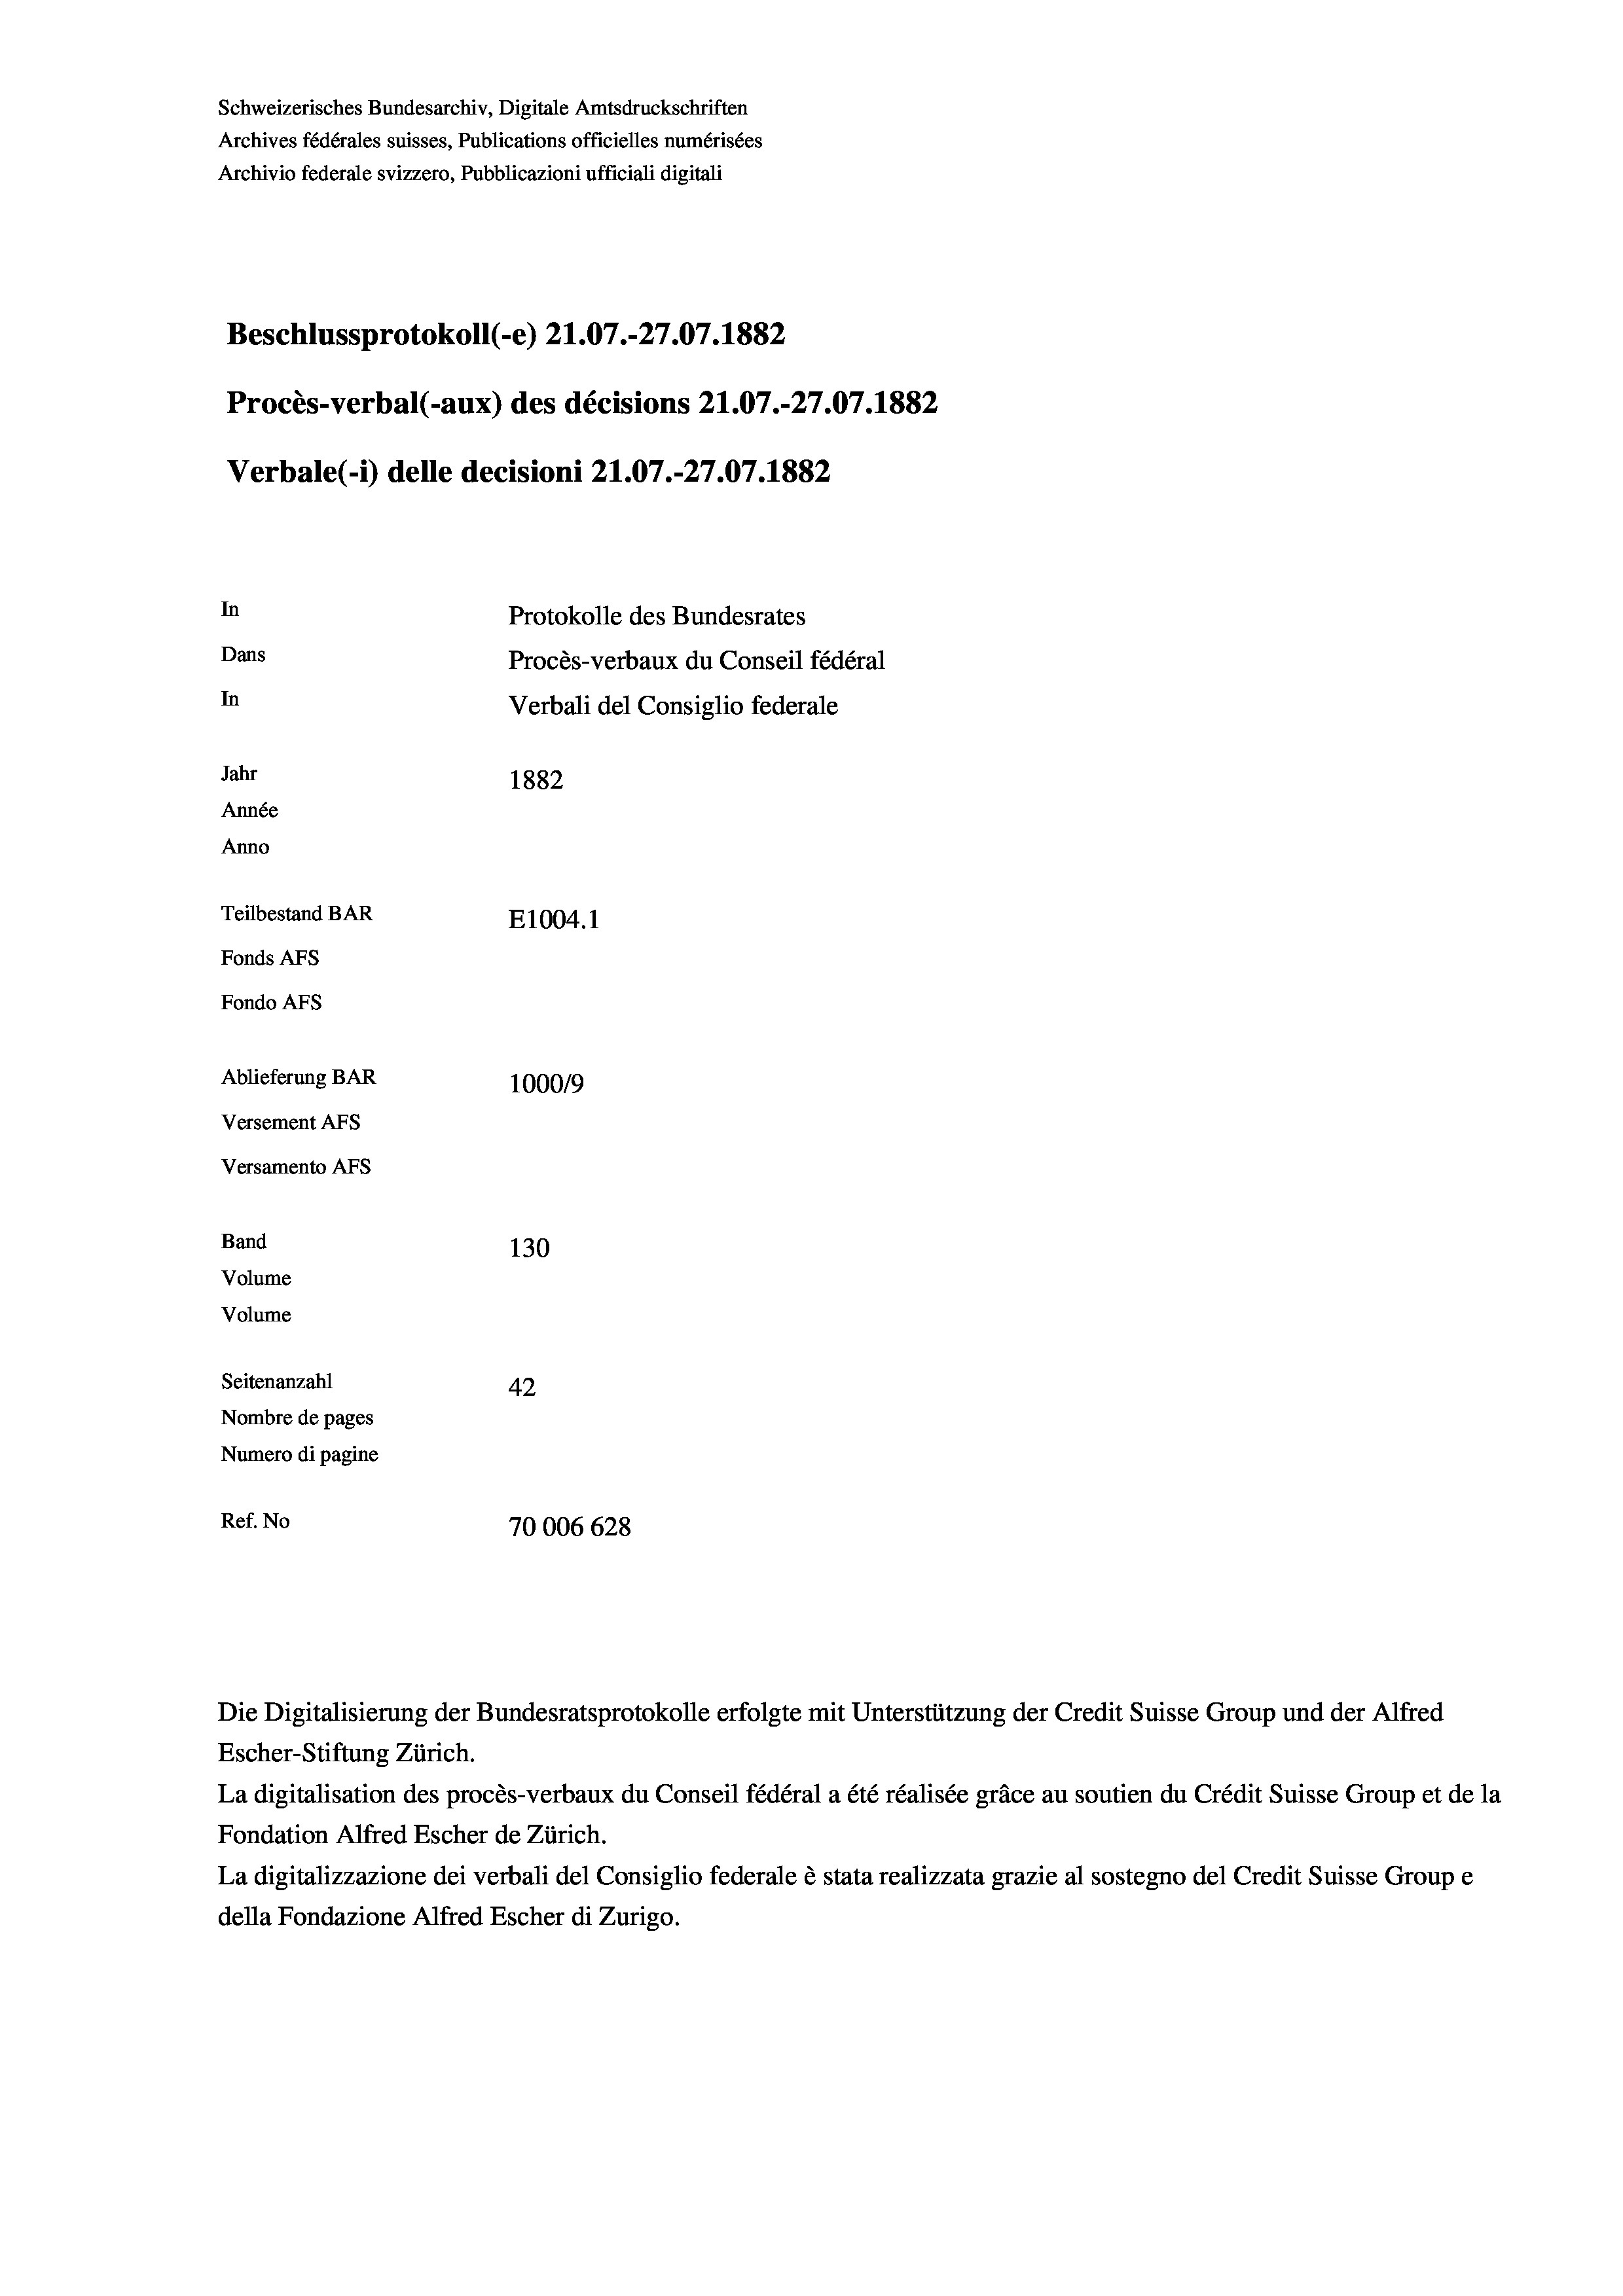
Schweizerisches Bundesarchiv, Digitale Amtsdruckschriften
Archives fédérales suisses, Publications officielles numérisées
Archivio federale svizzero, Pubblicazioni ufficiali digitali
Beschlussprotokoll (-e) Z1.07.-27.07. 1882
Procès-verbal (-aux) des décisions 21.07.-27.07. 1882
Verbale (1) delle decisioni 21.07.-27.07. 1882.
In
Protokolle des Bundesrates
Dans
Procès-verbaux du Conseil fédéral
In
Verbali del Consiglio federale
Jahr
1882
Année
Anno
Teilbestand BAR
E1004. 1
Fonds AFs
Fondo AFS
Ablieferung BAR
100019
Versement AFs
Versamento Afs
Band
130
Volume
Volume

Seitenanzahl
42
Nombre de pages
Numero di pagine
Ref. No
70006 628

Die Digitalisierung der Bundesratsprotokolle erfolgte mit Unterstützung der Credit Suisse Group und der Alfred
Escher-Stiftung Zürich.
La digitalisation des procès-verbaux du Conseil fédéral a été réalisée gräce au soutien du Crédit Suisse Group et de la
Fondation Alfred Escher de Zürich.
La digitalizzazione dei verbali del Consiglio federale è stata realizzata grazie al sostegno del Credit Suisse Groupe
della Fondazione Alfred Escher di Zurigo.